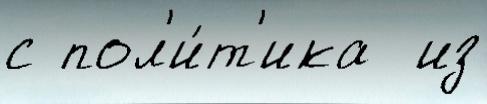
с пол'и́т'ика  из